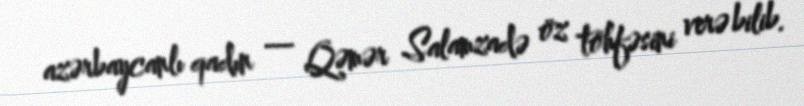
azərbaycanlı qadın — Qəmər Salamzadə öz töhfəsini verə bilib.